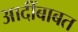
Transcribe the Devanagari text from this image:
आदींबाबत